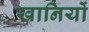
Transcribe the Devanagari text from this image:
खानियों